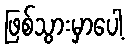
ဖြစ်သွားမှာပေါ့